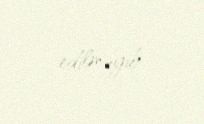
edilməyib.